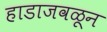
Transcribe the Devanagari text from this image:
हाडाजवळून